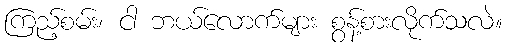
ကြည့်စမ်း၊ ငါ ဘယ်လောက်များ စွန့်စားလိုက်သလဲ။